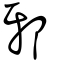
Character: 衺